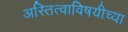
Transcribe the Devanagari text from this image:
अस्तित्वाविषयीच्या